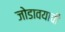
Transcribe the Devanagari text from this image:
जोडावयाची